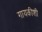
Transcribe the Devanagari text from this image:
गायकीशी